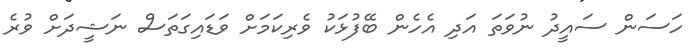
ހަސަން ސައީދު ނުވަތަ އަދި އެހެން ބޭފުޅަކު ވެރިކަމަށް ވަޑައިގަތަސް ނަޝީދަށް ވުރެ